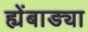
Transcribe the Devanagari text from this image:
ह्येंबाड्या